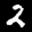
Label: 2